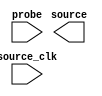
module in_system_source_probe (
		output wire [4:0] source,     //    sources.source
		input  wire       source_clk, // source_clk.clk
		input  wire [2:0] probe       //     probes.probe
	);
endmodule